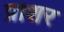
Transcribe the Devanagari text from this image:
प्राशर